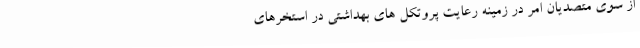
از سوی متصدیان امر در زمینه رعایت پروتکل های بهداشتی در استخرهای